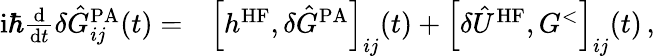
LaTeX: \begin{array}{rl}{\mathrm{i}\hbar\frac{\mathrm{d}}{\mathrm{d}t}\delta\hat{G}_{ij}^{\mathrm{PA}}(t)=}&{\Big[h^{\mathrm{HF}},\delta\hat{G}^{\mathrm{PA}}\Big]_{ij}(t)+\Big[\delta\hat{U}^{\mathrm{HF}},G^{<}\Big]_{ij}(t)\, ,\, }\end{array}